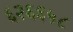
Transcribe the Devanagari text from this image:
६२६६५८